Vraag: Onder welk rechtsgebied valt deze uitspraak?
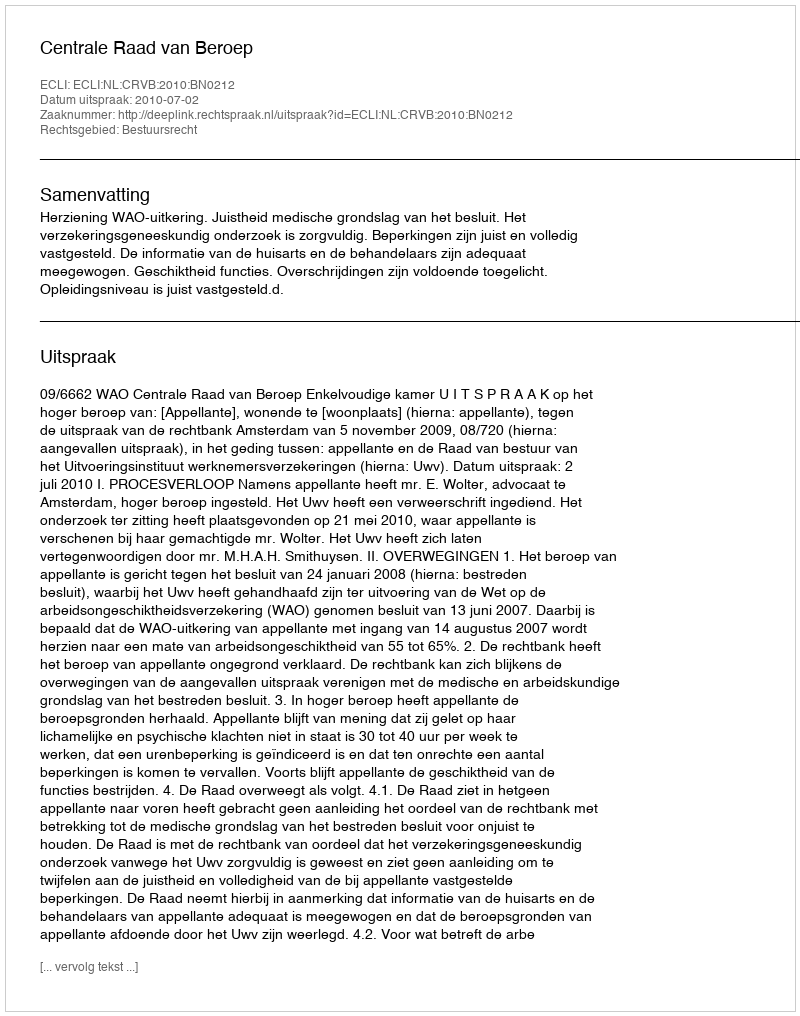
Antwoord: Bestuursrecht